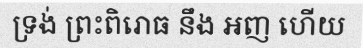
ទ្រង់ ព្រះពិរោធ នឹង អញ ហើយ